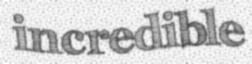
incredible